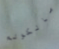
مالكولم